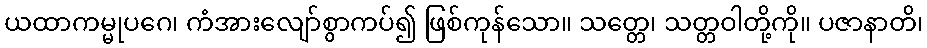
ယထာကမ္မုပဂေ၊ ကံအားလျော်စွာကပ်၍ ဖြစ်ကုန်သော။ သတ္တေ၊ သတ္တဝါတို့ကို။ ပဇာနာတိ၊